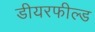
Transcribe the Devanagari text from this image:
डीयरफील्ड